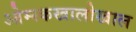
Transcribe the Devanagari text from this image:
ओम्स्कखालोखाल